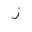
Letter: _zay